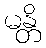
မန္တိ